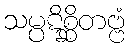
သမ္ပဋိစ္ဆိတဗ္ဗံ